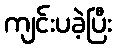
ကျင်းပခဲ့ပြီး